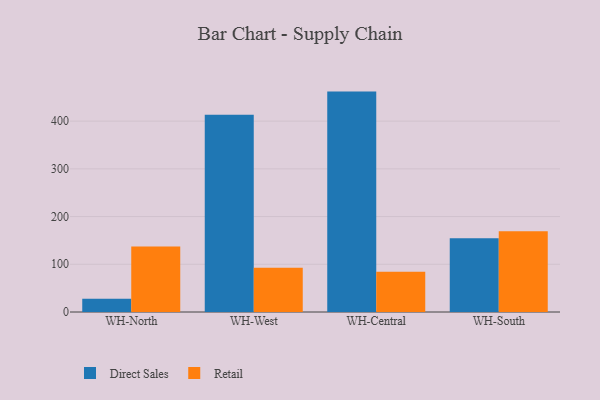
{"axis": {"x": "Warehouse", "y": "Shipments"}, "legend": ["Direct Sales", "Retail"], "data": [{"x": "WH-North", "y": 27.7, "type": "Direct Sales"}, {"x": "WH-North", "y": 137.5, "type": "Retail"}, {"x": "WH-West", "y": 413.6, "type": "Direct Sales"}, {"x": "WH-West", "y": 92.5, "type": "Retail"}, {"x": "WH-Central", "y": 461.9, "type": "Direct Sales"}, {"x": "WH-Central", "y": 84.2, "type": "Retail"}, {"x": "WH-South", "y": 154.3, "type": "Direct Sales"}, {"x": "WH-South", "y": 169.1, "type": "Retail"}]}